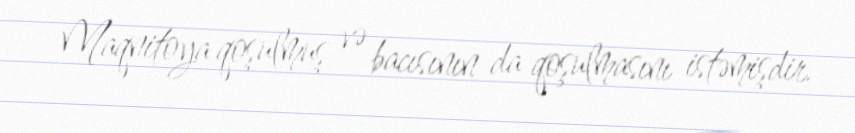
Maqnitoya qoşulmuş və bacısının da qoşulmasını istəmişdir.